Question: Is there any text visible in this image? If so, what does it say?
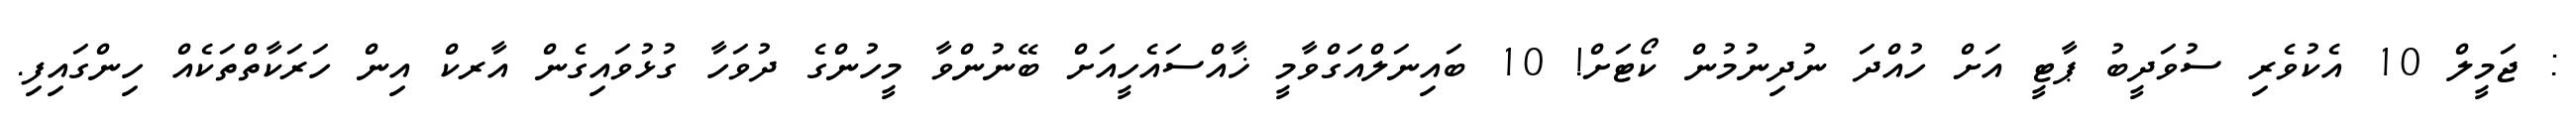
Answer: : ޖަމީލް 10 އެކުވެރި ސުވަދީބު ޕާޓީ އަށް ހުއްދަ ނުދިނުމުން ކޯޓަށް! 10 ބައިނަލްއަގްވާމީ ޚާއްސައެހީއަށް ބޭނުންވާ މީހުންގެ ދުވަހާ ގުޅުވައިގެން އާރކް އިން ހަރަކާތްތަކެއް ހިންގައިފި.